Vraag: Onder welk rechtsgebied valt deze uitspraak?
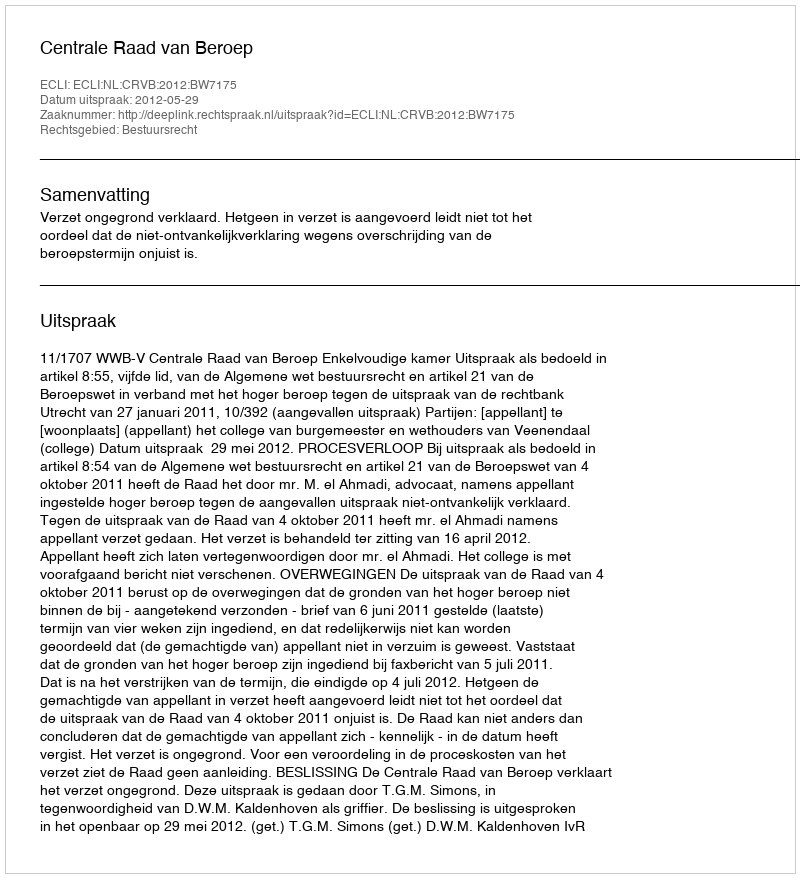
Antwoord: Bestuursrecht